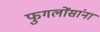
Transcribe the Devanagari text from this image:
फुगलोंसांना